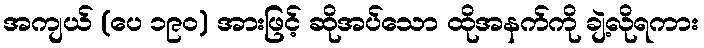
အကျယ် (ပေ ၁၉၀) အားဖြင့် ဆိုအပ်သော ထိုအနက်ကို ချဲ့လိုရကား